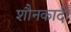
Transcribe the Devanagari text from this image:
शौनकादी